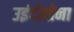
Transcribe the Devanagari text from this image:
उइंदोबोना